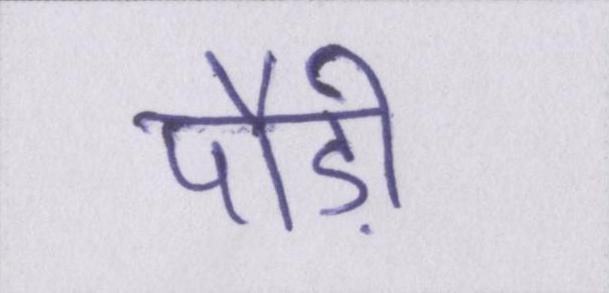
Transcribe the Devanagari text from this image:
पौड़ी